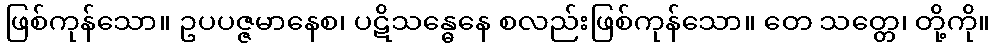
ဖြစ်ကုန်သော။ ဥပပဇ္ဇမာနေစ၊ ပဋိသန္ဓေနေ စလည်းဖြစ်ကုန်သော။ တေ သတ္တေ၊ တို့ကို။